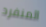
المنفرد